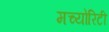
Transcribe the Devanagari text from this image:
मच्योरिटी